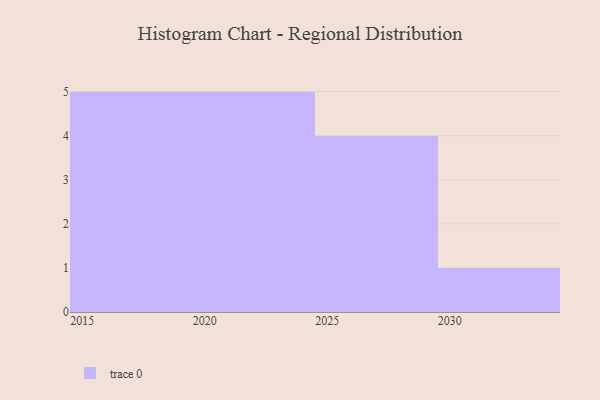
{"axis": {"x": "Year", "y": "Production Output"}, "legend": [""], "data": [{"x": "2027", "y": 92, "type": ""}, {"x": "2021", "y": 47, "type": ""}, {"x": "2024", "y": 69, "type": ""}, {"x": "2028", "y": 80, "type": ""}, {"x": "2016", "y": 75, "type": ""}, {"x": "2030", "y": 59, "type": ""}, {"x": "2015", "y": 31, "type": ""}, {"x": "2017", "y": 39, "type": ""}, {"x": "2022", "y": 97, "type": ""}, {"x": "2019", "y": 8, "type": ""}, {"x": "2029", "y": 37, "type": ""}, {"x": "2023", "y": 53, "type": ""}, {"x": "2020", "y": 59, "type": ""}, {"x": "2026", "y": 49, "type": ""}, {"x": "2018", "y": 77, "type": ""}]}